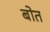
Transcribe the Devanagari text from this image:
बोत